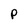
Character: p